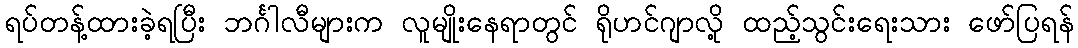
ရပ်တန့်ထားခဲ့ရပြီး ဘင်္ဂါလီများက လူမျိုးနေရာတွင် ရိုဟင်ဂျာလို့ ထည့်သွင်းရေးသား ဖော်ပြရန်